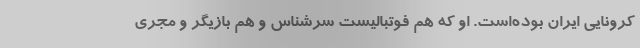
کرونایی ایران بوده‌است. او که هم فوتبالیست سرشناس و هم بازیگر و مجری